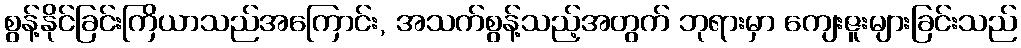
စွန့်နိုင်ခြင်းကြိယာသည်အကြောင်း, အသက်စွန့်သည့်အတွက် ဘုရားမှာ ကျေးဇူးများခြင်းသည်